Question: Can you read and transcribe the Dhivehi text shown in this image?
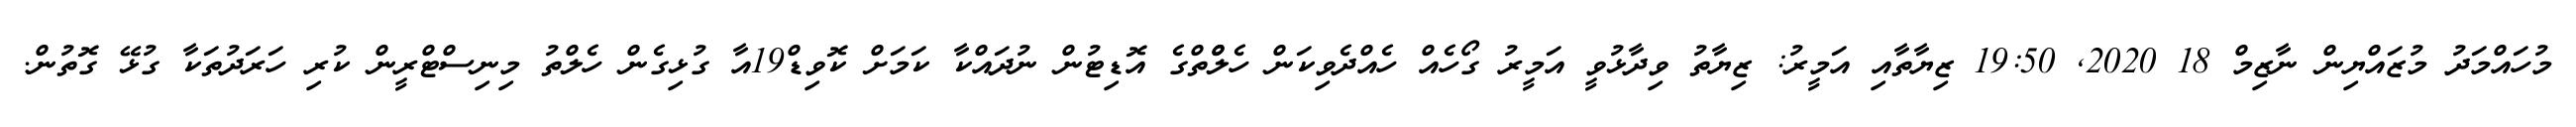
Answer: މުހައްމަދު މުޒައްޔިން ނާޒިމް 18 2020, 19:50 ޒިޔާތާއި އަމީރު: ޒިޔާތު ވިދާޅުވީ އަމީރު ގޯހެއް ހެއްދެވިކަން ހެލްްތްގެ އޮޑިޓުން ނުދައްކާ ކަމަށް ކޮވިޑް19އާ ގުޅިގެން ހެލްތު މިނިސްޓްރީން ކުރި ހަރަދުތަކާ ގުޅޭ ގޮތުން.